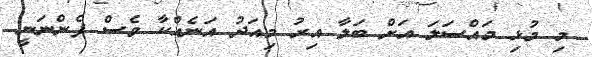
މި މުޅި މައްސަލަ އަށް ބަލާ އިރު މިއަދު އަނެއްކާ ވެސް ފެންނަނީ